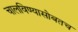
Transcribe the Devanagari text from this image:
चालविण्यासोबतच